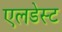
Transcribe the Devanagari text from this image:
एलडेस्ट